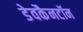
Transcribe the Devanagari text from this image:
डेवकैनटॉन